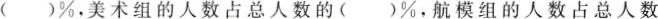
()%，美术组的人数占总人数的()%，航模组的人数占总人数x